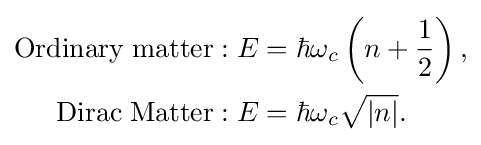
{\begin{aligned}\mathrm {Ordinary\;matter:\;} E&=\hbar \omega _{c}\left(n+{\frac {1}{2}}\right),\\\mathrm {Dirac\;Matter:\;} E&=\hbar \omega _{c}{\sqrt {|n|}}.\end{aligned}}